Leaving Certificate Examination, 1925
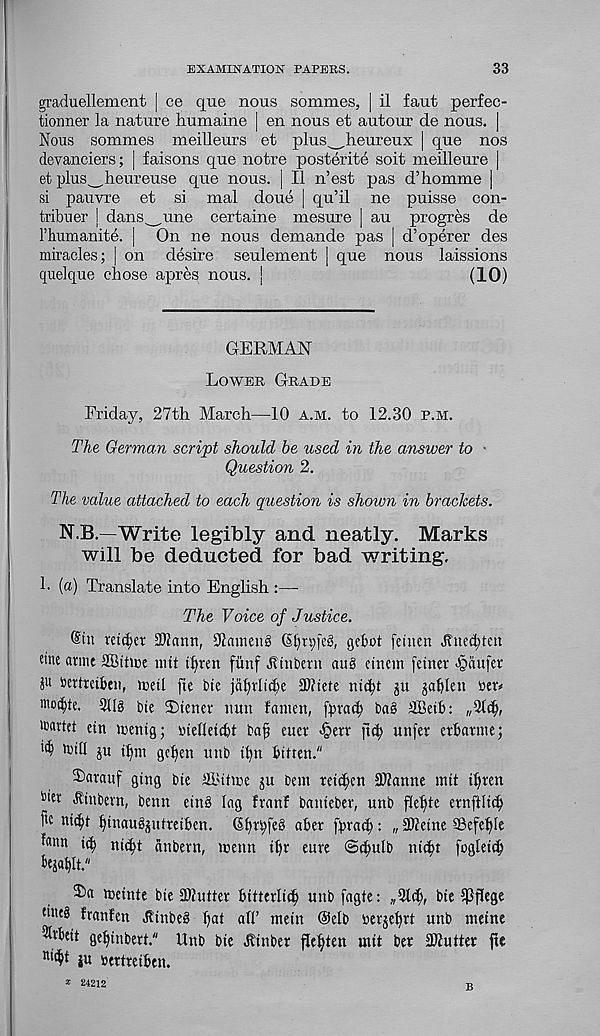
EXAMINATION PAPERS.
33
graduellement | ce que nous sommes, | il faut perfec-
tionner la nature humaine | en nous et autour de nous. |
Nous sommes meilleurs et plus^heureux | que nos
devanciers; j faisons que notre posterite soit meilleure |
et plus^__heureuse que nous. | II n’est pas d’homme |
si pauvre et si mal done | qu’il ne puisse con-
tribuer I dans_une certaine mesure | au progres de
I’liumanite. | On ne nous demande pas | d’operer des
miracles; | on desire seulement | que nous laissions
quelque chose apjres nous, j
(10)
GERMAN
Lower Grade
Friday, 27th March—10 a.m. to 12.30 p.m.
The German script should he used in the answer to
Question 2.
The value attached to each question is shown in brackets.
N.B.—Write legibly and neatly. Marks
will be deducted for bad writing,
h (a) Translate into English.:—
The Voice of Justice.
@tn reiser 2)?ann, 9iameng (Sl)n;[e§, gebot feuten Jtncd;ten
tine armc aBtticc nut tt>ren fiinf Jltnbmt nug ctncm fetner Jgaufer
J u tertrciben, tretl fie tie jafpticbe 2)?tete nit^t ju jafylen
woc^te. 3Ug tie 2)tener nun famen, fpvac^ bag SBeib:
ctn mentg; inefletcbt baf euer <§ett fut; unfer crbarme;
ju
gcf)en unb t^n bitten."
2>«rauf gtng bie ffiltfme ju bem reic^en SKanne mit t^ren
b * et ^hibevn, benn etng lag franf bantebev, unb fie^te ernftlid)
nt^t ((tnaugjutretben. S^r^feg abet fbvad): „ 3Jteine 23efel)[e
fcmn ic^ ni(^t anbern, tnenn tl)r eure @(|ulb ntc^t fogletd)
toeinte bit 3)?utter bitteriic^ unb fagte:
bte ^Pjlege
ti«eg franten Atnbeg l)at all’ mein @clb tevje^rt unb metne
51vbett ge^tnbett." Unb bte Jtinber fle^ten utit bet Shutter fie
nii^l iu tettreiben.
* 24212
B